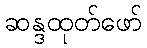
ဆန္ဒထုတ်ဖော်